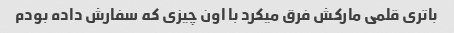
باتری قلمی مارکش فرق میکرد با اون چیزی که سفارش داده بودم